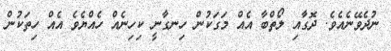
ނުދެވޭނެއެވެ. ދޮގާއި ލޯތްބާ އެއް މަގަކުން ހިނގާނީ ކިހިނެއް ހެއްޔެވެ އެއް ހިތަކުން